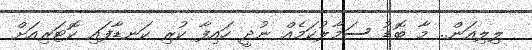
ލިލިއަން.. މާ ބޮޑު ސަމާލުކަމެއް ނުދީ ހައިފާ ކުރި ކަނޑާފައި ކޮޓަރިއަށް